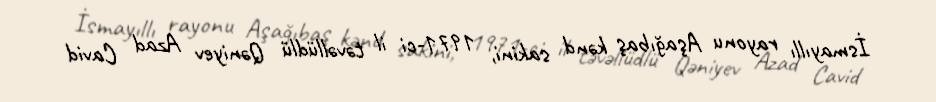
İsmayıllı rayonu Aşağıbaş kənd sakini, 1971-ci il təvəllüdlü Qəniyev Azad Cavid